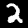
Digit: 2